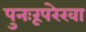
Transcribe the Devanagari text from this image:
पुनःरूपरेखा